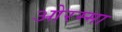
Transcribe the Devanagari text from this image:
ओरम्मा